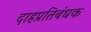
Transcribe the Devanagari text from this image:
दाहप्रतिबंधक